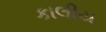
કાલીય